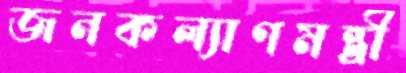
জনকল্যাণমন্ত্রী